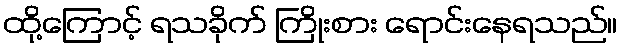
ထို့ကြောင့် ရသခိုက် ကြိုးစား ရောင်းနေရသည်။